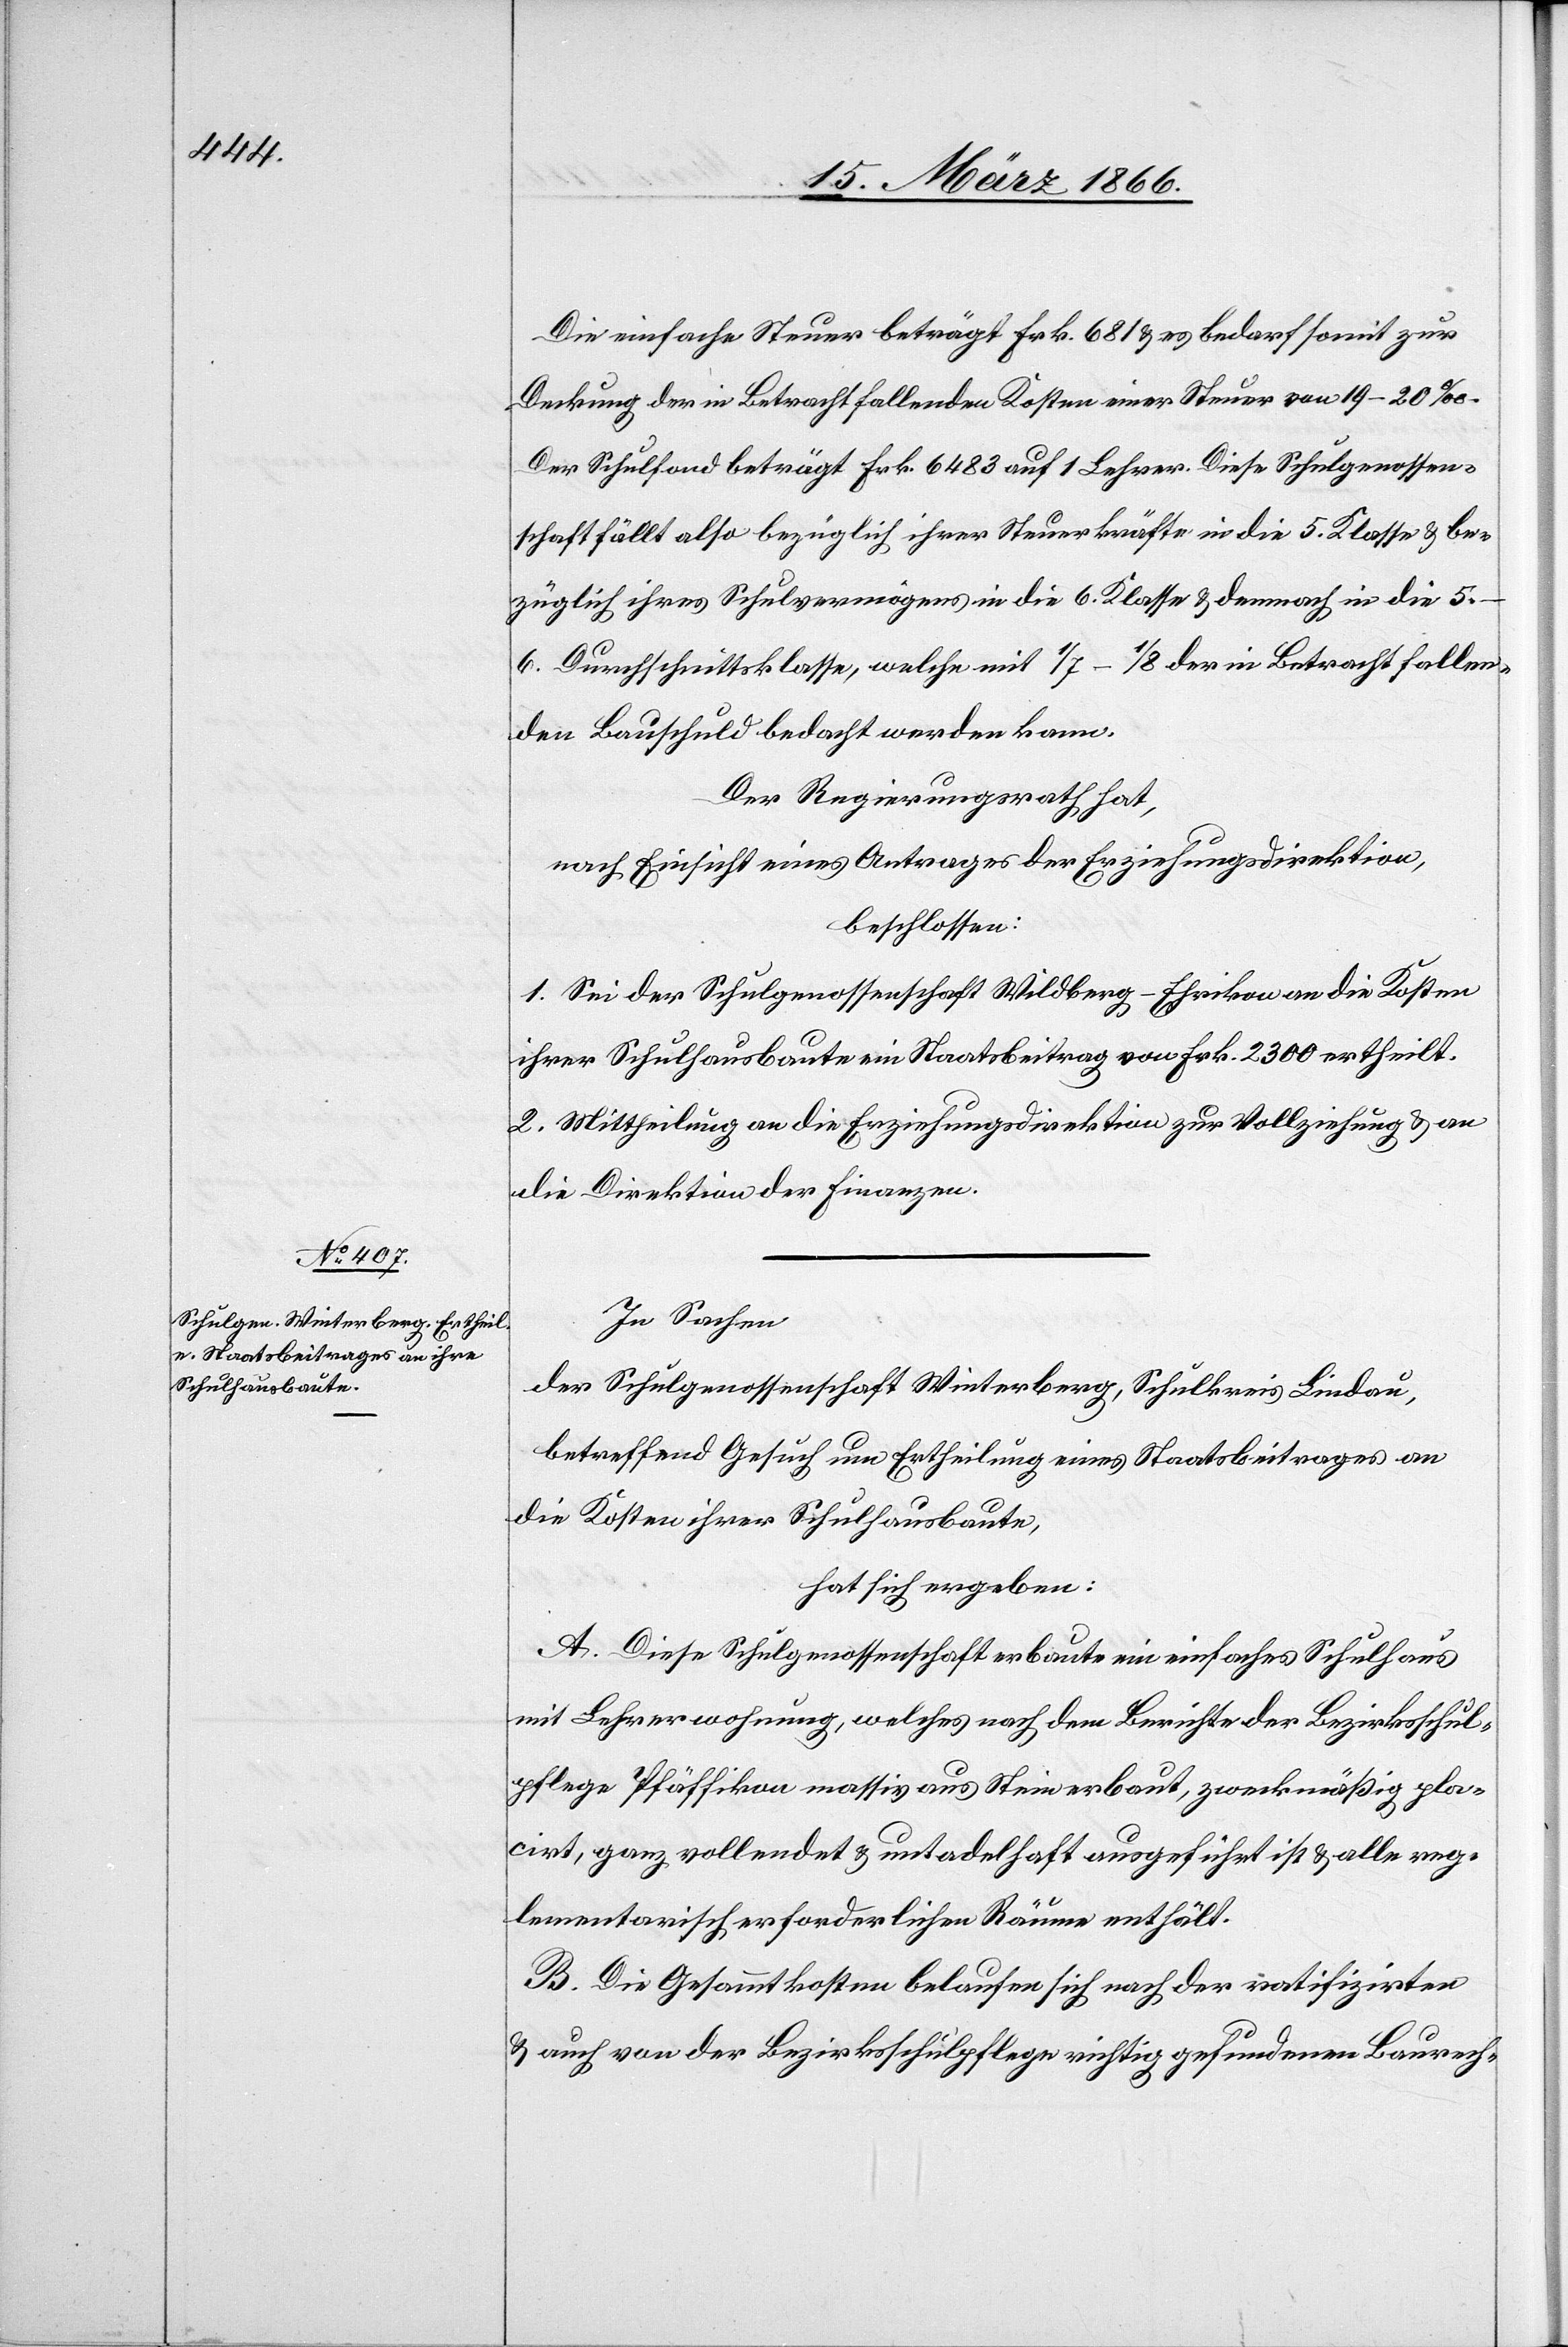
Die einfache Steuer beträgt Frk. 681 u. es bedarf somit zur
Deckung der in Betracht fallenden Kosten einer Steuer von 19–20 ‰.
Der Schulfond beträgt Frk. 6483 auf 1 Lehrer. Diese Schulgenossen¬
schaft fällt also bezüglich ihrer Steuerkräfte in die 5. Klasse u. be¬
züglich ihres Schulvermögens in die 6. Klasse u. demnach in die 5.–6.
Durchschnittsklasse, welche mit 1/7–1/8 der in Betracht fallen¬
den Bauschuld bedacht werden kann.
Der Regierungsrath hat,
nach Einsicht eines Antrages der Erziehungsdirektion,
beschlossen:
1. Sei der Schulgenossenschaft Wildberg-Ehrikon an die Kosten
ihrer Schulhausbaute ein Staatsbeitrag von Frk. 2300 ertheilt.
2. Mittheilung an die Erziehungsdirektion zur Vollziehung u. an
die Direktion der Finanzen.
In Sachen
der Schulgenossenschaft Winterberg, Schulkreis Lindau,
betreffend Gesuch um Ertheilung eines Staatsbeitrages an
die Kosten ihrer Schulhausbaute,
hat sich ergeben:
A. Diese Schulgenossenschaft baute ein einfaches Schulhaus
mit Lehrerwohnung, welches nach dem Berichte der Bezirksschul¬
pflege Pfäffikon massiv aus Stein erbaut, zweckmäßig pla¬
cirt, ganz vollendet u. untadelhaft ausgeführt ist u. alle reg¬
lementarisch erforderlichen Räume enthält.
B. Die Gesammtkosten belaufen sich nach der ratifizirten
u. auch von der Bezirksschulpflege richtig gefundenen Baurech-